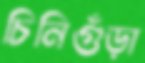
চিনিগুঁড়া